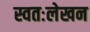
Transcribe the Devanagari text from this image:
स्वतःलेखन